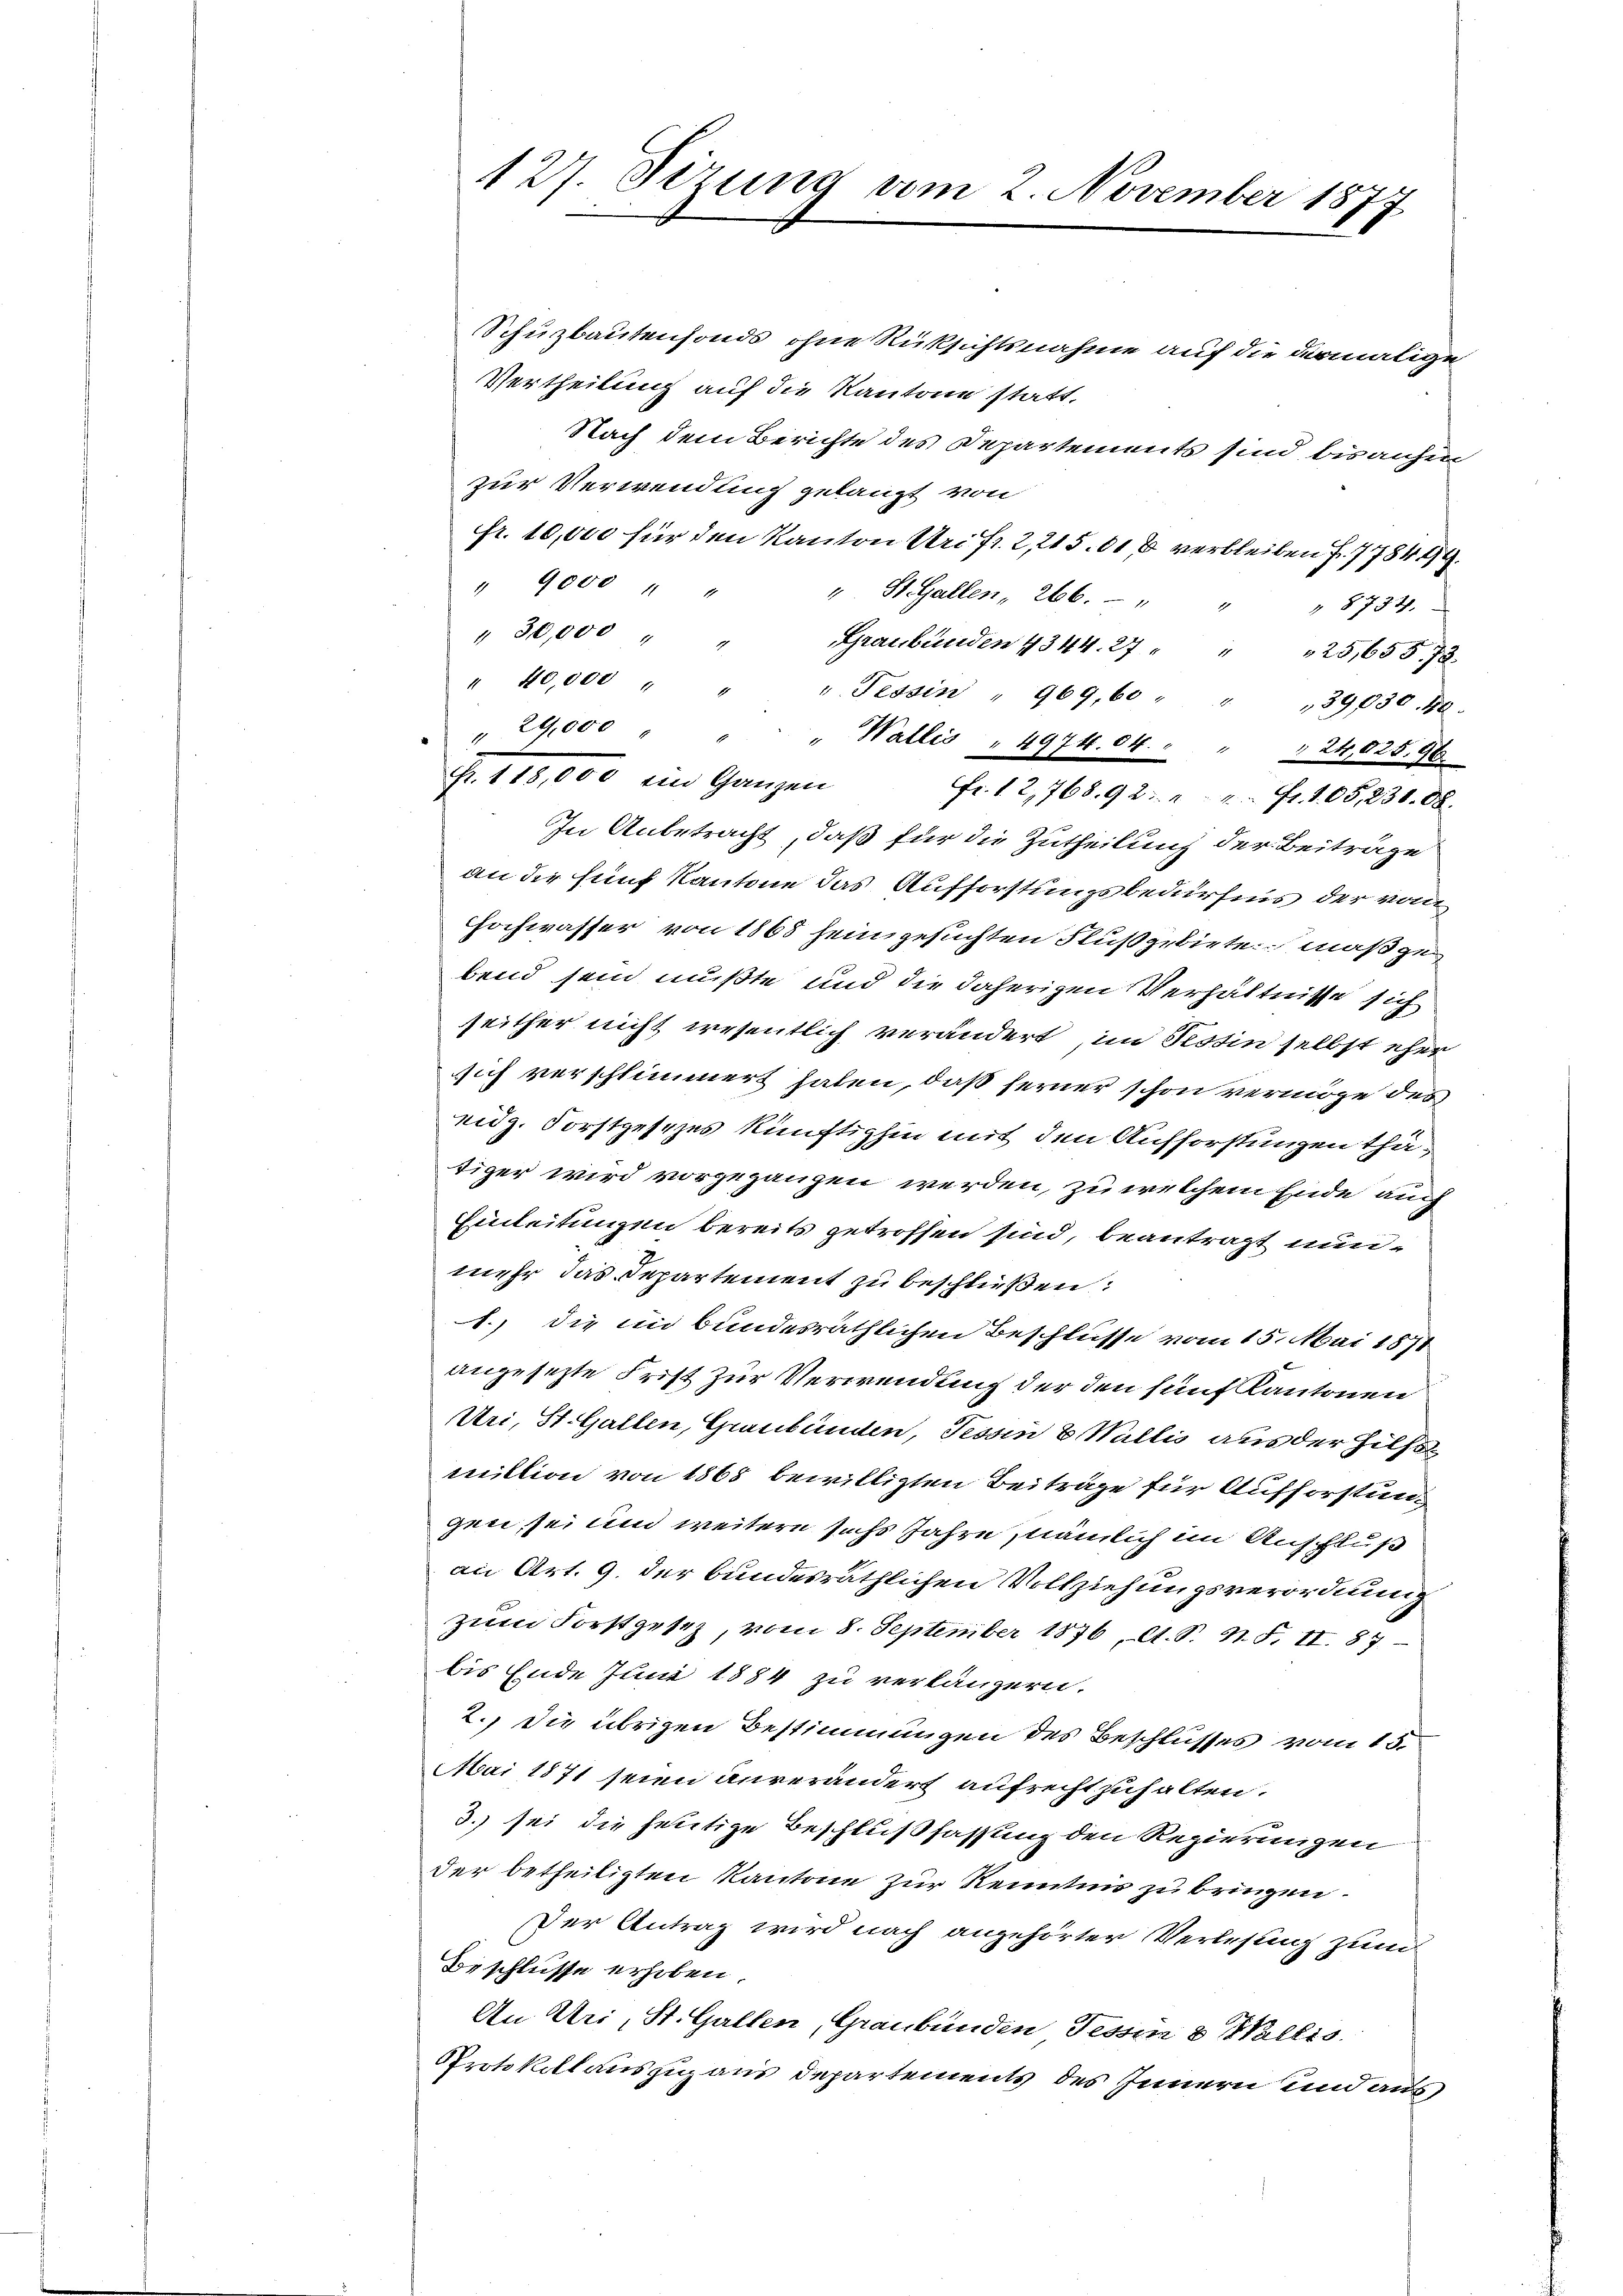
Schuzbautenfonds ohne Rücksichtsnahme auf die dermalige
Vertheilung auf die Kantone statt,
Nach dem Berichte des Departements sind, bis anfer
zur Verwendung gelangt von
fr. 10,000 für den Kanton Uri fr. 2, 215. 61 % verbleiben Fr. 778499.
" 9000 " "
". St. Gallen, 266. " " " 8734.
" 30,000 " "
Graubünden 1344. 27 " " 125, 655. 73.
" 10,000 " " " Tessin " 969,60 " " "39030. 18.
29,000 " " " Wallis . 4974.04. " " " 24,025,96
Fr. 12,768. 92. " " fr. 105, 23108.
In Anbetracht, daß für die Zutheilung der Beiträge
an die fünf Kantone das Aufforstungsbedürfnis der vom
hochwasser von 1865 sein gesuchten Flußgebiete maßgebend sein mußte und die daherigen Verhältnisse sich
seither nicht wesentlich verändert, im Tessin selbst eher
sich verschlimmert haben, daß ferner schon vermöge des
eidg. Forstgesezes künftighin mit den Aufforstungen thätiger wird vorgegangen werden, zu welchem Ende auch
Einleitungen bereits getroffen sind, beantragt nunmehr das Departement zu beschließen:
1.) die in bundesräthlichen Beschlüsse vom 15. Mai 1871
angesetzte Frist zur Verwendung der den fünf Kantonen
Uri, St. Gallen, Graubünden, Tessin 8 Wallis aus der Hilfs
miktion von 1868 bewilligten Beiträge für Aufforstungen, sei und weitere sechs Jahre, nämlich im Anschluß
an Art. 9. der bundesräthlichen Vollziehungsverordnung
zum Forstgesetz, vom 8. September 1876, A. S. N. F. II. 87
bis Ende Juni 1884 zu verlängern.
2.) Die übrigen Bestimmungen des Beschlusses vom 15.
Mai 1871 seien anverändert aufrecht zuhalten.
3.) sei die heutige Beschlußfassung den Regierungen
der betheiligten Kantone zur Kenntnis zu bringen.
Der Antrag wird nach angehörter Verlesung zum
Beschlusse erhoben.
An Uri, St. Gallen, Graubünden Tessin & Wallis
Protokollauszug aus Departements des Innern und aus

127. Jezung vom 2. November 1877

Fr. 118,000 ein Ganzen